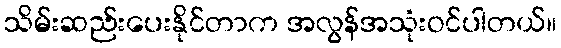
သိမ်းဆည်းပေးနိုင်တာက အလွန်အသုံးဝင်ပါတယ်။